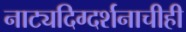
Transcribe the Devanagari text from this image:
नाट्यदिग्दर्शनाचीही